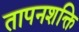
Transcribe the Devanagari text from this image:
तापनशक्ति